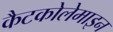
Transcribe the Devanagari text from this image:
कैटकोलेमाइन